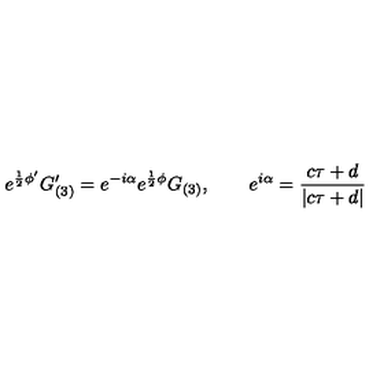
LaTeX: e ^ { \frac { 1 } { 2 } \phi ^ { \prime } } G _ { ( 3 ) } ^ { \prime } = e ^ { - i \alpha } e ^ { \frac { 1 } { 2 } \phi } G _ { ( 3 ) } , \qquad e ^ { i \alpha } = \frac { c \tau + d } { | c \tau + d | }